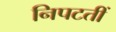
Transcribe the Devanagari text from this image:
निपटतीं